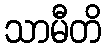
သာမီတိ